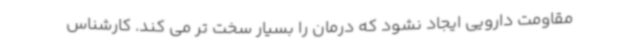
مقاومت دارویی ایجاد نشود که درمان را بسیار سخت تر می کند. کارشناس